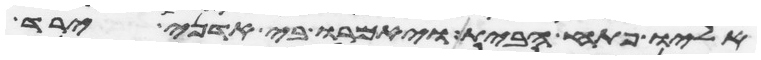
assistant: אליו פתח הבית ויאמרו בי אדני ירד